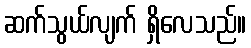
ဆက်သွယ်လျက် ရှိလေသည်။